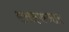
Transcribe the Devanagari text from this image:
एसएफआर